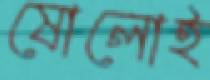
ষোলোই